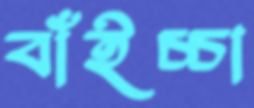
বাঁইচ্চা